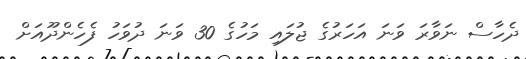
ދެހާސް ނަވާރަ ވަނަ އަހަރުގެ ޖުލައި މަހުގެ 30 ވަނަ ދުވަހު ފެހެންދޫއަށް